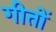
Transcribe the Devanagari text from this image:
गीतों